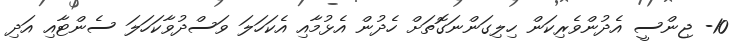
10- ޖިންސީ އެދުންވެރިކަން ހިލިގަންނަގޮތަށް ހެދުން އެޅުމާއި އެކަހަލަ ވަސްދުވާކަހަލަ ސެންޓާއި އަދި